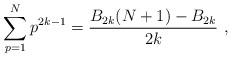
\begin{align*}\sum_{p=1}^N p^{2k-1}={B_{2k}(N+1)-B_{2k}\over 2k} \ ,\end{align*}